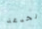
الخدعة